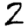
Digit: 2